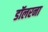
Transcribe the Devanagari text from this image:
डॉलरना